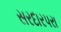
સરદારપરા